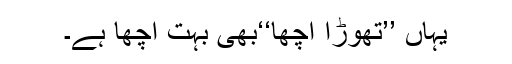
یہاں ’’تھوڑا اچھا‘‘بھی بہت اچھا ہے۔